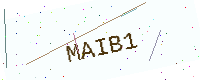
Text: MAIB1